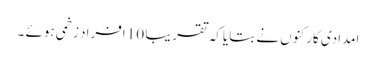
امدادی کارکنوں نے بتایاکہ تقریبا 10 افراد زخمی ہوئے ۔